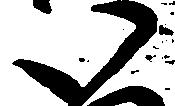
い